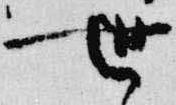
世